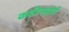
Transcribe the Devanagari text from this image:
कठीनाइयों